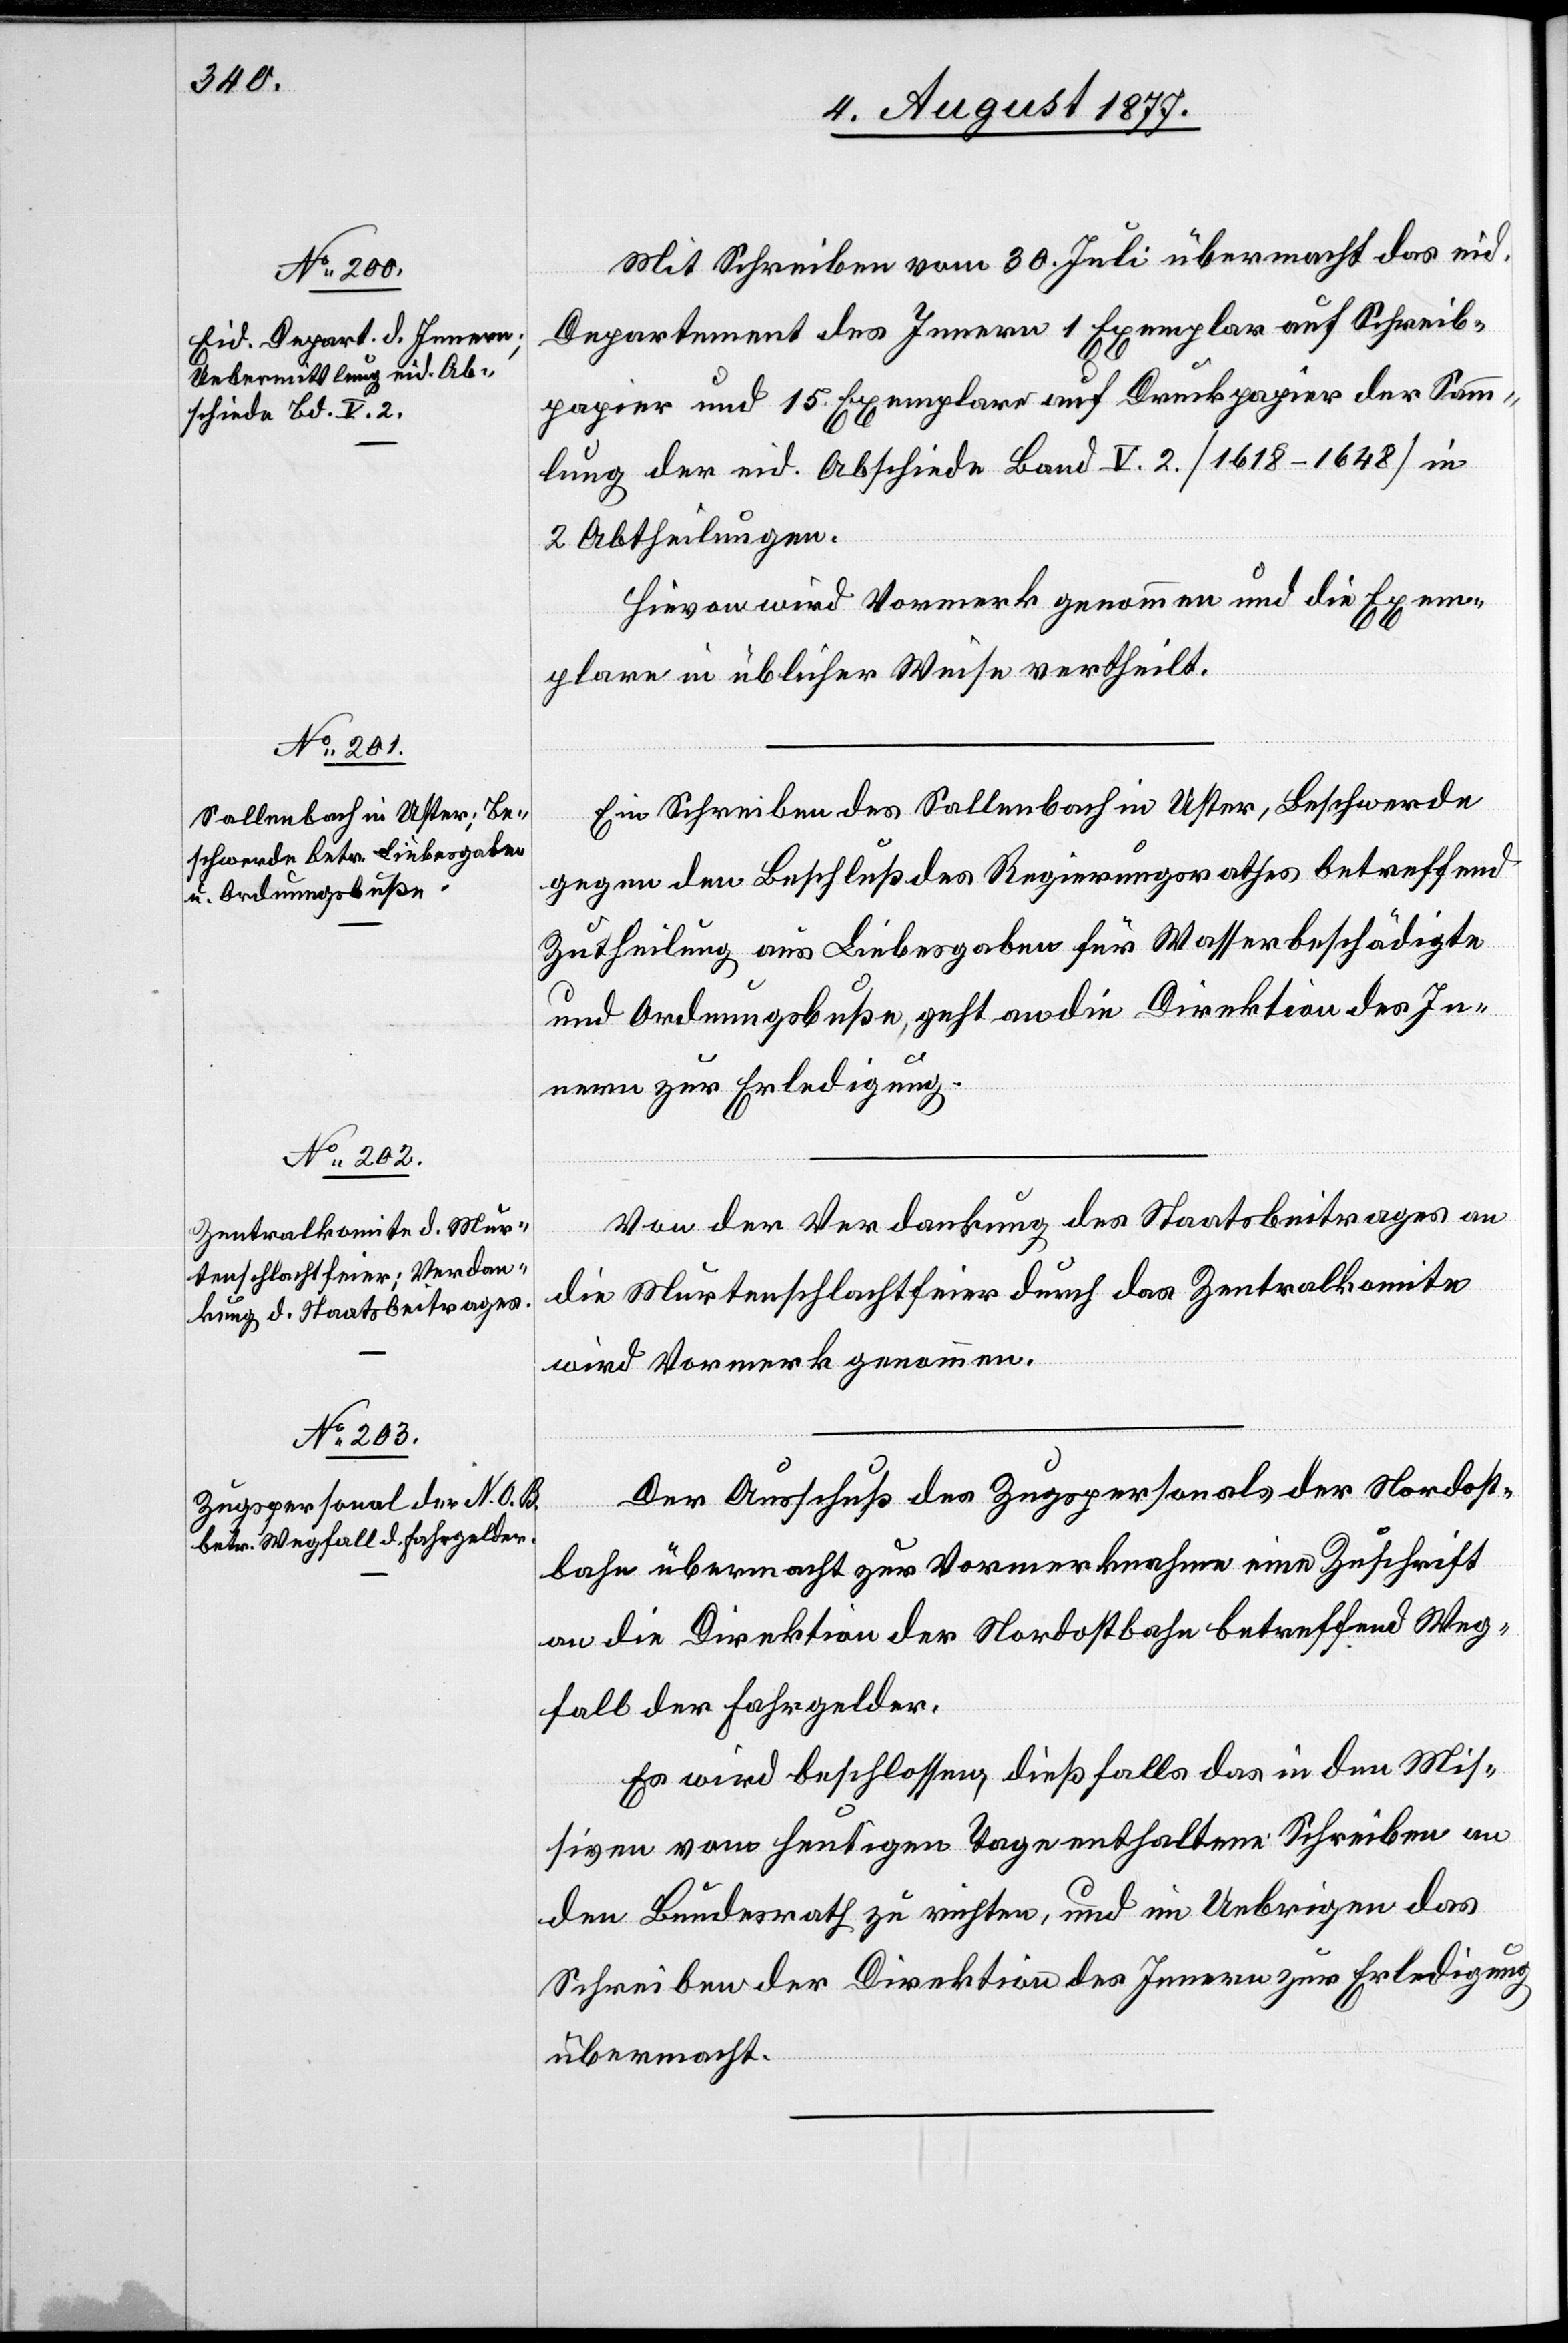
Mit Schreiben vom 30. Juli übermacht das eid.
Departement des Innern 1 Exemplar auf Schreib¬
papier und 15 Exemplare auf Druckpapier der Samm¬
lung der eid. Abschiede Band V. 2. [1618–1648] in
2 Abtheilungen.
Hievon wird Vormerk genommen und die Exem¬
plare in üblicher Weise vertheilt.
Ein Schreiben des Sallenbach in Uster, Beschwerde
gegen den Beschluß des Regierungsrathes betreffend
Zutheilung aus Liebesgaben für Wasserbeschädigte
und Ordnungsbuße, geht an die Direktion des In¬
nern zur Erledigung.
Von der Verdankung des Staatsbeitrages an
die Murtenschlachtfeier durch das Zentralkomite
wird Vormerk genommen.
Der Ausschuß des Zugspersonals der Nordost¬
bahn übermacht zur Vormerknahme eine Zuschrift
an die Direktion der Nordostbahn betreffend Weg¬
fall der Fahrgelder.
Es wird beschlossen, dießfalls das in den Mis¬
siven vom heutigen Tage enthaltene Schreiben an
den Bundesrath zu richten, und im Uebrigen das
Schreiben der Direktion des Innern zur Erledigung
übermacht.